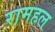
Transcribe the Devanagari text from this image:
रामहल